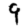
Digit: 9